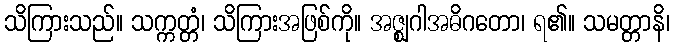
သိကြားသည်။ သက္ကတ္တံ၊ သိကြားအဖြစ်ကို။ အဇ္ဈဂါအဓိဂတော၊ ရ၏။ သမတ္တာနိ၊